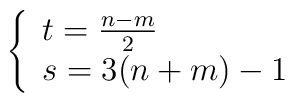
\left\{\begin{array}{ll}t=\frac{n-m}{2} \\s=3(n+m)-1\end{array}\right.